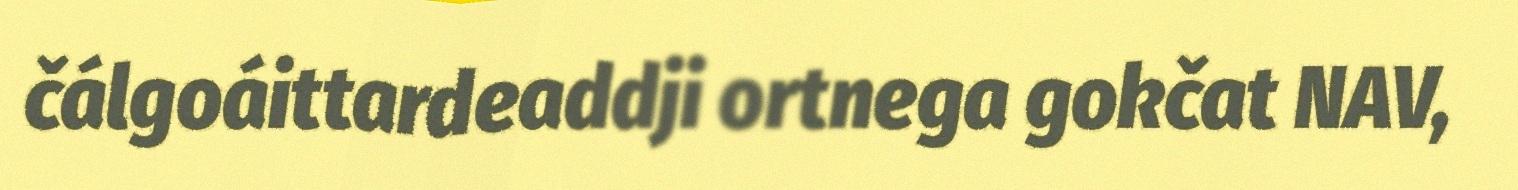
čálgoáittardeaddji ortnega gokčat NAV,